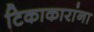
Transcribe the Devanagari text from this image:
टिकाकारांना